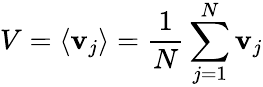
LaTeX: V=\langle\mathbf{v}_{j}\rangle=\frac{{1}}{{N}}\sum_{j=1}^{N}\mathbf{v}_{j}